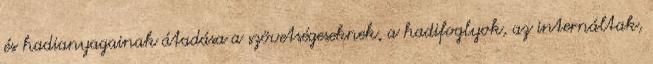
és hadianyagainak átadása a szövetségeseknek, a hadifoglyok, az internáltak,